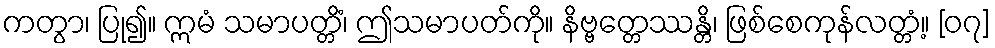
ကတွာ၊ ပြု၍။ ဣမံ သမာပတ္တိံ၊ ဤသမာပတ်ကို။ နိဗ္ဗတ္တေဿန္တိ၊ ဖြစ်စေကုန်လတ္တံ့။ [၀၇]